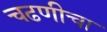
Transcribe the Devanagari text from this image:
चढणीचा